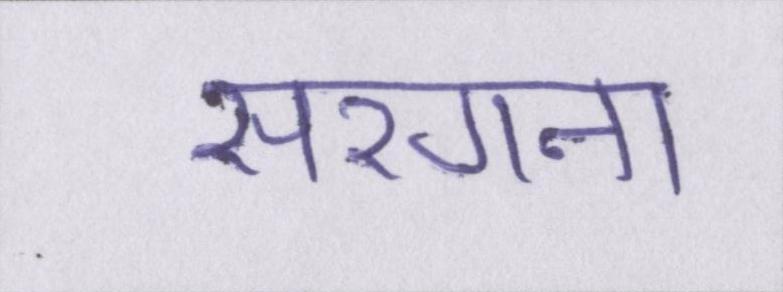
सरगना